Vaccination in Bombay 1874-1876 - 1874-1876
Year: 1874
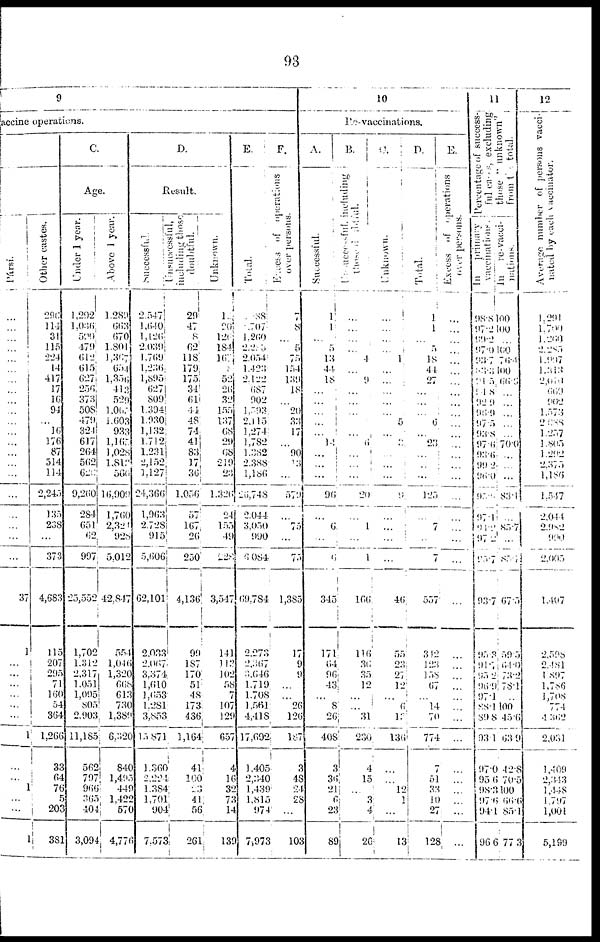
93
9
accine operations.
Pársi.
...
...
...
...
...
...
...
...
...
...
...
...
...
...
...
...
...
...
...
...
...
37
1
...
...
...
...
...
...
1
...
...
1
...
...
1
Other castes.
296
114
31
115
224
14
417
17
16
94
...
16
176
87
514
114
2,245
135
238
...
373
4,683
115
207
295
71
160
54
364
1,266
33
64
76
5
203
381
C.
Age.
Under 1 year.
1,292
1,036
590
479
612
615
627
256
373
508
479
324
617
264
562
626
9,260
284
651
62
997
25,552
1,702
1,312
2,317
1,051
1,095
805
2,903
11,185
562
797
966
365
404
3,094
Above 1 year.
1,289
663
670
1,801
1,367
654
1,356
413
529
1,067
1,603
933
1, 165
1,028
1,812
566
16,909
1,760
2,321
928
5,012
42,847
554
1,046
1,320
668
613
730
1,380
6,320
840
1,495
449
1,422
570
4,776
D.
Result.
Successful.
2,547
1,640
1,126
2,039
1,769
1,236
1,895
627
809
1,394
1,930
1,132
1,712
1,231
2,152
1,127
24,366
1,963
2,728
915
5,606
62,101
2,033
2,067
3,374
1,610
1,653
1,281
3,853
15,871
1,360
2,224
1,384
1,701
904
7,573
including those
doubtful.
29
47
8
62
118
179
175
34
61
44
48
74
41
83
17
36
1,056
57
167
26
250
4,136
99
187
170
51
48
173
436
1,164
41
100
23
41
56
261
Unknown.
1
20
120
184
167
1
52
26
32
155
137
68
29
68
219
23
1,326
24
155
49
228
3,547
141
112
102
58
7
107
129
657
4
16
32
73
14
139
E.
Total.
88
707
1,260
2,285
2,054
1,423
2,122
687
902
l,593
2,115
1,274
1,782
1,382
2,388
1,186
26,748
2,044
3,050
990
6,084
69,784
2,273
2,367
3,646
1,719
1,708
l,561
4,418
17,692
1,405
2,340
1,439
1,815
974
7,973
F.
Excess of operations
over persons.
7
8
...
5
75
154
139
18
...
20
33
17
...
90
3
...
579
...
75
...
75
1,385
17
9
9
...
...
26
126
187
3
48
24
28
...
103
10
Re-vaccinations.
A.
Successful.
1
1
...
5
13
44
18
...
...
...
...
...
14
...
...
...
96
...
6
...
6
345
171
64
96
43
...
8
26
408
3
36
21
6
23
89
B.
Unsuccessful. including
...
...
...
...
4
...
9
...
...
...
...
...
6
...
...
...
20
...
1
...
1
l66
116
36
35
12
...
...
31
230
4
15
...
3
4
26
C.
Unknown.
...
...
...
...
1
...
...
...
...
...
5
...
...
...
...
...
9
...
...
...
...
46
55
23
27
12
...
6
12
136
...
...
12
1
...
13
D.
Total.
1
1
...
5
18
44
27
...
...
...
6
...
23
...
...
...
125
...
7
...
7
557
312
123
158
67
...
14
70
774
7
51
33
10
27
128
E.
Excess of operations
over persons.
...
...
...
...
...
...
...
...
...
...
...
...
...
...
...
...
...
...
...
...
...
...
...
...
...
...
...
...
...
...
...
...
...
...
...
...
11
Percentage of success-
ful cases, excluding
those " unknown"
from the total.
In
primary
vaccinations.
98.8
97.2
99.2
97.0
93.7
83. 3
91. 5
91.8
92.9
95.9
97.5
93.8
97.6
93. 6
99.2
96.0
90. 0
97.1
94.2
97.2
95.7
93.7
95.3
91.7
95.2
96
97.1
88.1
89.8
93.1
97.0
95.6
98.3
97.6
94.1
96.6
ln
re-vacci-
nations.
100
100
...
100
76.1
100
66.6
...
...
...
...
...
700
...
...
...
83.1
...
83.7
...
85.7
67.5
59.5
64.0
73.2
78.1
..
100
45.6
63.9
42.8
70.5
100
66.6
85.1
77.3
12
Average number of persons vacci-
nated by each vaccinator.
1,291
1,700
1,260
2,285
l,997
1,313
2,010
669
902
1,573
2,088
1,257
l,805
1,292
2,375
1,186
1,547
2.044
2,982
990
2,005
1,407
2.598
2,481
1,897
1,786
1,708
774
4,362
2,031
1,409
2,343
1,448
1,797
1,001
5,199